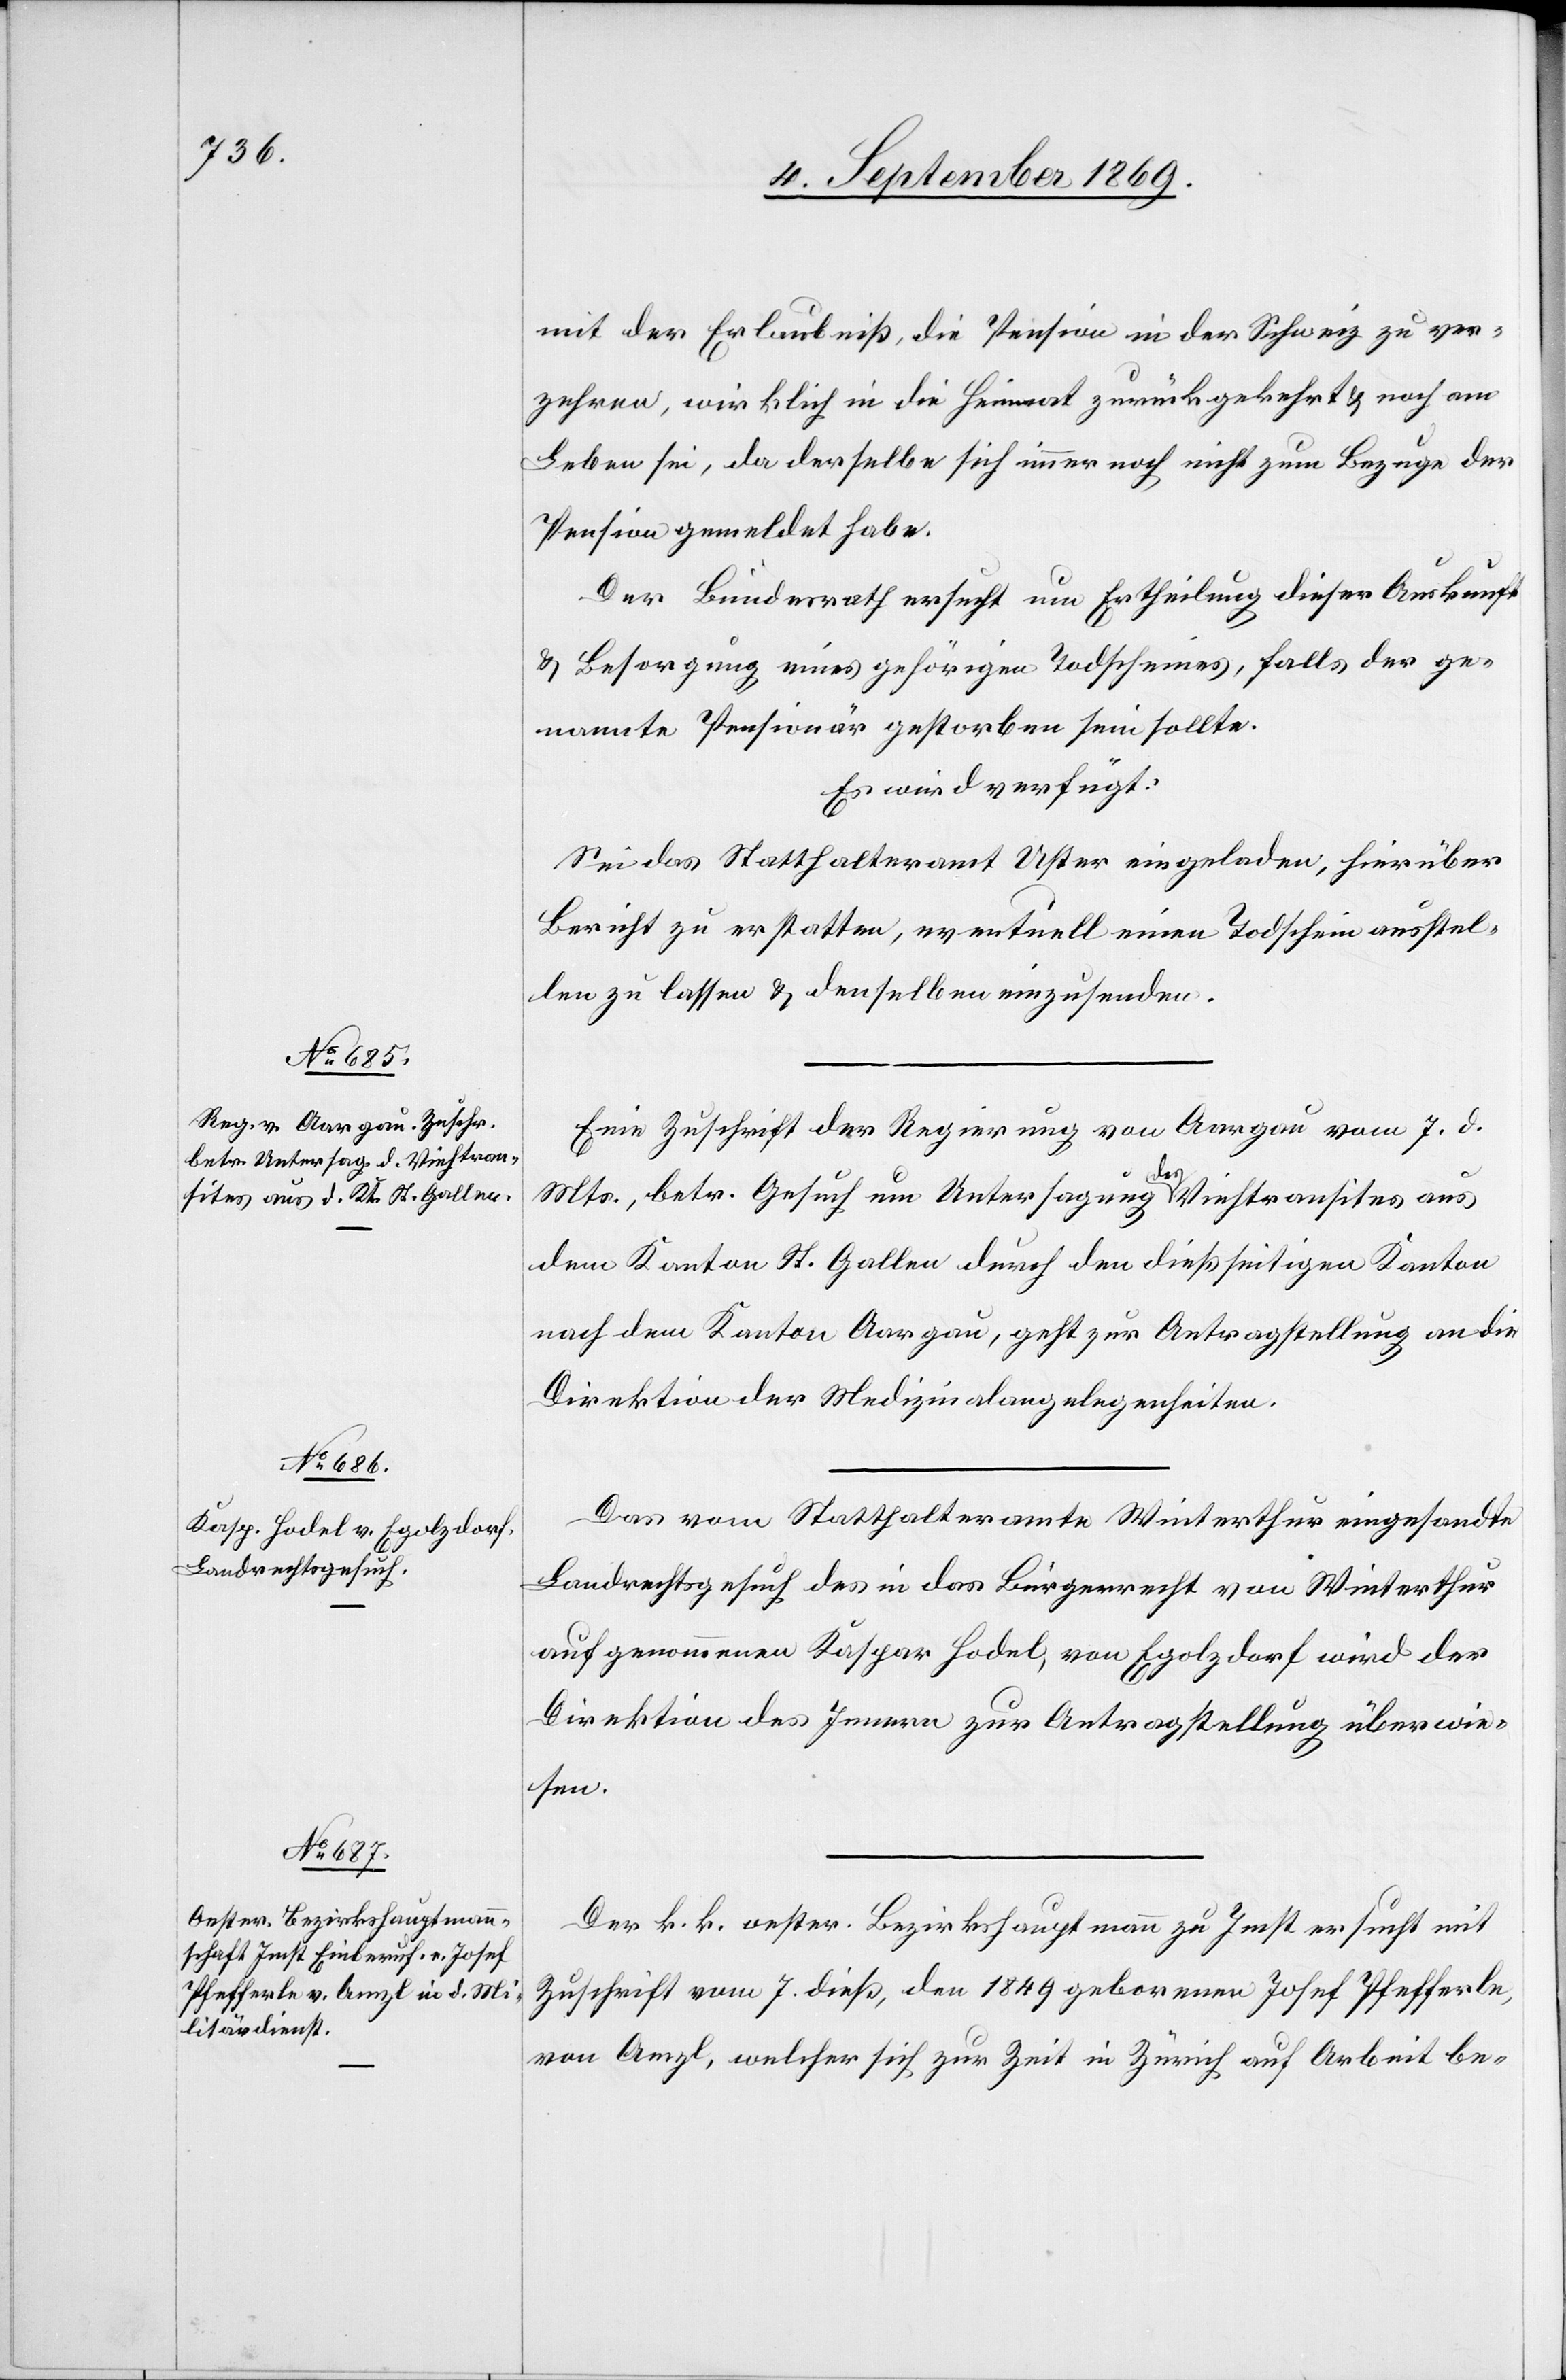
9. September 1869.]
mit der Erlaubniß, die Pension in der Schweiz zu ver¬
zehren, wirklich in die Heimat zurückgekehrt & noch am
Leben sei, da derselbe sich immer noch nicht zum Bezuge der
Pension gemeldet habe.
Der Bundesrath ersucht um Ertheilung dieser Auskunft
& Besorgung eines gehörigen Todscheines, falls der ge¬
nannte Pensionär gestorben sein sollte.
Es wird verfügt:
Sei das Statthalteramt Uster eingeladen, hierüber
Bericht zu erstatten, eventuell einen Todschein ausstel¬
len zu lassen & denselben einzusenden.
Eine Zuschrift der Regierung von Aargau vom 7. d.
Mts., betr. Gesuch um Untersagung des Viehtransites aus
dem Kanton St. Gallen durch den dießseitigen Kanton
nach dem Kanton Aargau, geht zur Antragstellung an die
Direktion der Medizinalangelegenheiten.
Das vom Statthalteramte Winterthur eingesandte
Landrechtsgesuch des in das Bürgerrecht von Winterthur
aufgenommenen Kaspar Hodel, von Egolzdorf wird der
Direktion des Innern zur Antragstellung überwie¬
sen.
Der k. k. oester. Bezirkshauptmann zu Imst ersucht mit
Zuschrift vom 7. dies, den [sic!] 1849 geborenen Josef Pfefferle,
von Amzl, welcher sich zur Zeit in Zürich auf Arbeit be-